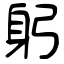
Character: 躬